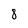
Character: 8